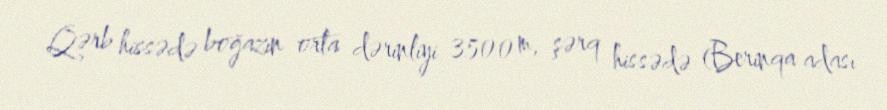
Qərb hissədə boğazın orta dərinliyi 3500 m, şərq hissədə (Berinqa adası